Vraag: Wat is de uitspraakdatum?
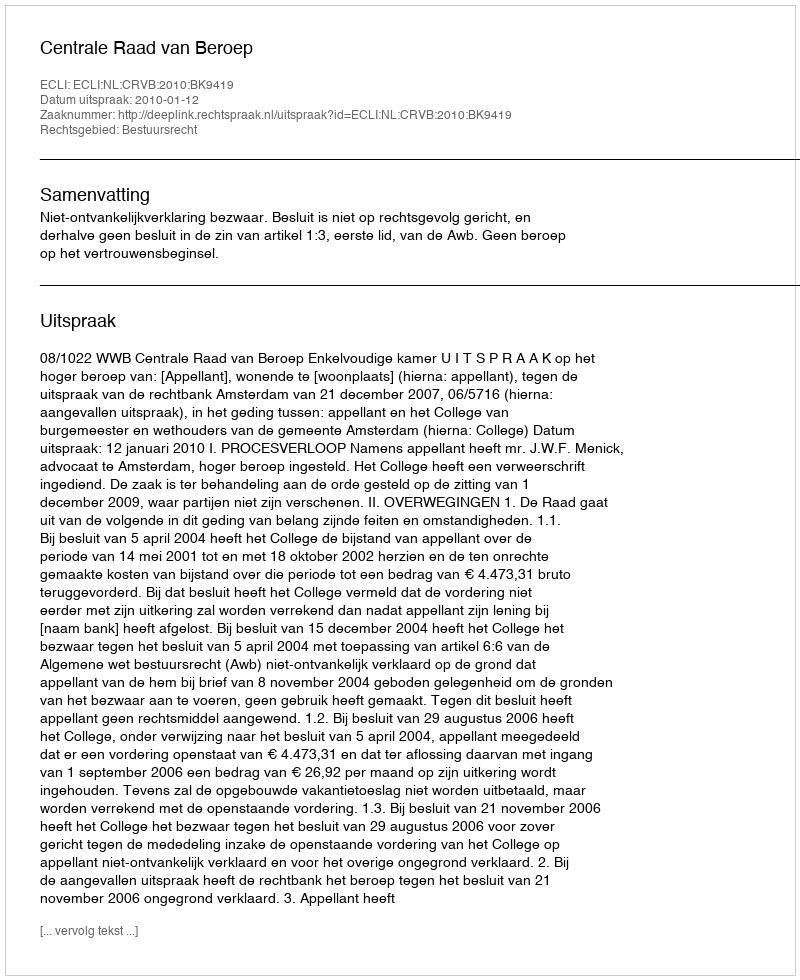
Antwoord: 2010-01-12